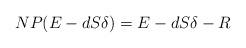
LaTeX: \begin{align*}NP(E-dS\delta)=E-dS\delta-R\end{align*}